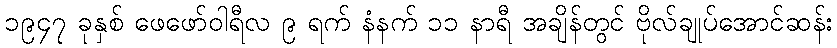
၁၉၄၇ ခုနှစ် ဖေဖော်ဝါရီလ ၉ ရက် နံနက် ၁၁ နာရီ အချိန်တွင် ဗိုလ်ချုပ်အောင်ဆန်း